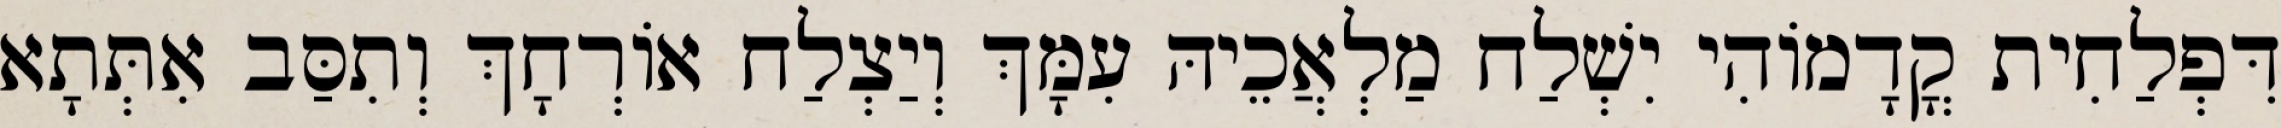
דִּפְלַחִית קֳדָמוֹהִי יִשְׁלַח מַלְאֲכֵיהּ עִמָּךְ וְיַצְלַח אוֹרְחָךְ וְתִסַּב אִתְּתָא